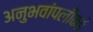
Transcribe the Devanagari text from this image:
अनुभवांपलीकडे